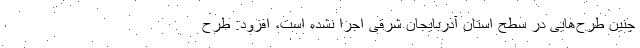
چنین طرح‌هایی در سطح استان آذربایجان شرقی اجرا نشده است، افزود: طرح